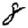
Digit: 8